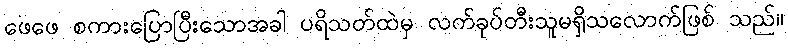
ဖေဖေ စကားပြောပြီးသောအခါ ပရိသတ်ထဲမှ လက်ခုပ်တီးသူမရှိသလောက်ဖြစ် သည်။